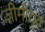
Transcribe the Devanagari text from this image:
ज़ीमीयुव